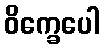
ဝိက္ခေပေါ